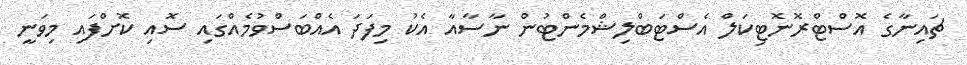
ޗައިނާގެ އޮސްޓްރޮނޮޓިކަލް އެސްޓަބްލިޝްމެންޓުން ނާސާއާ އެކު މިފަދަ އެއްބަސްވުމެއްގައި ސޮއި ކޮށްފައި މިވަނީ